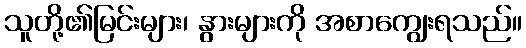
သူတို့၏မြင်းများ၊ နွားများကို အစာကျွေးရသည်။